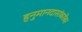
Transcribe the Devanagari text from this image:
हनुमानदासांबरोबर